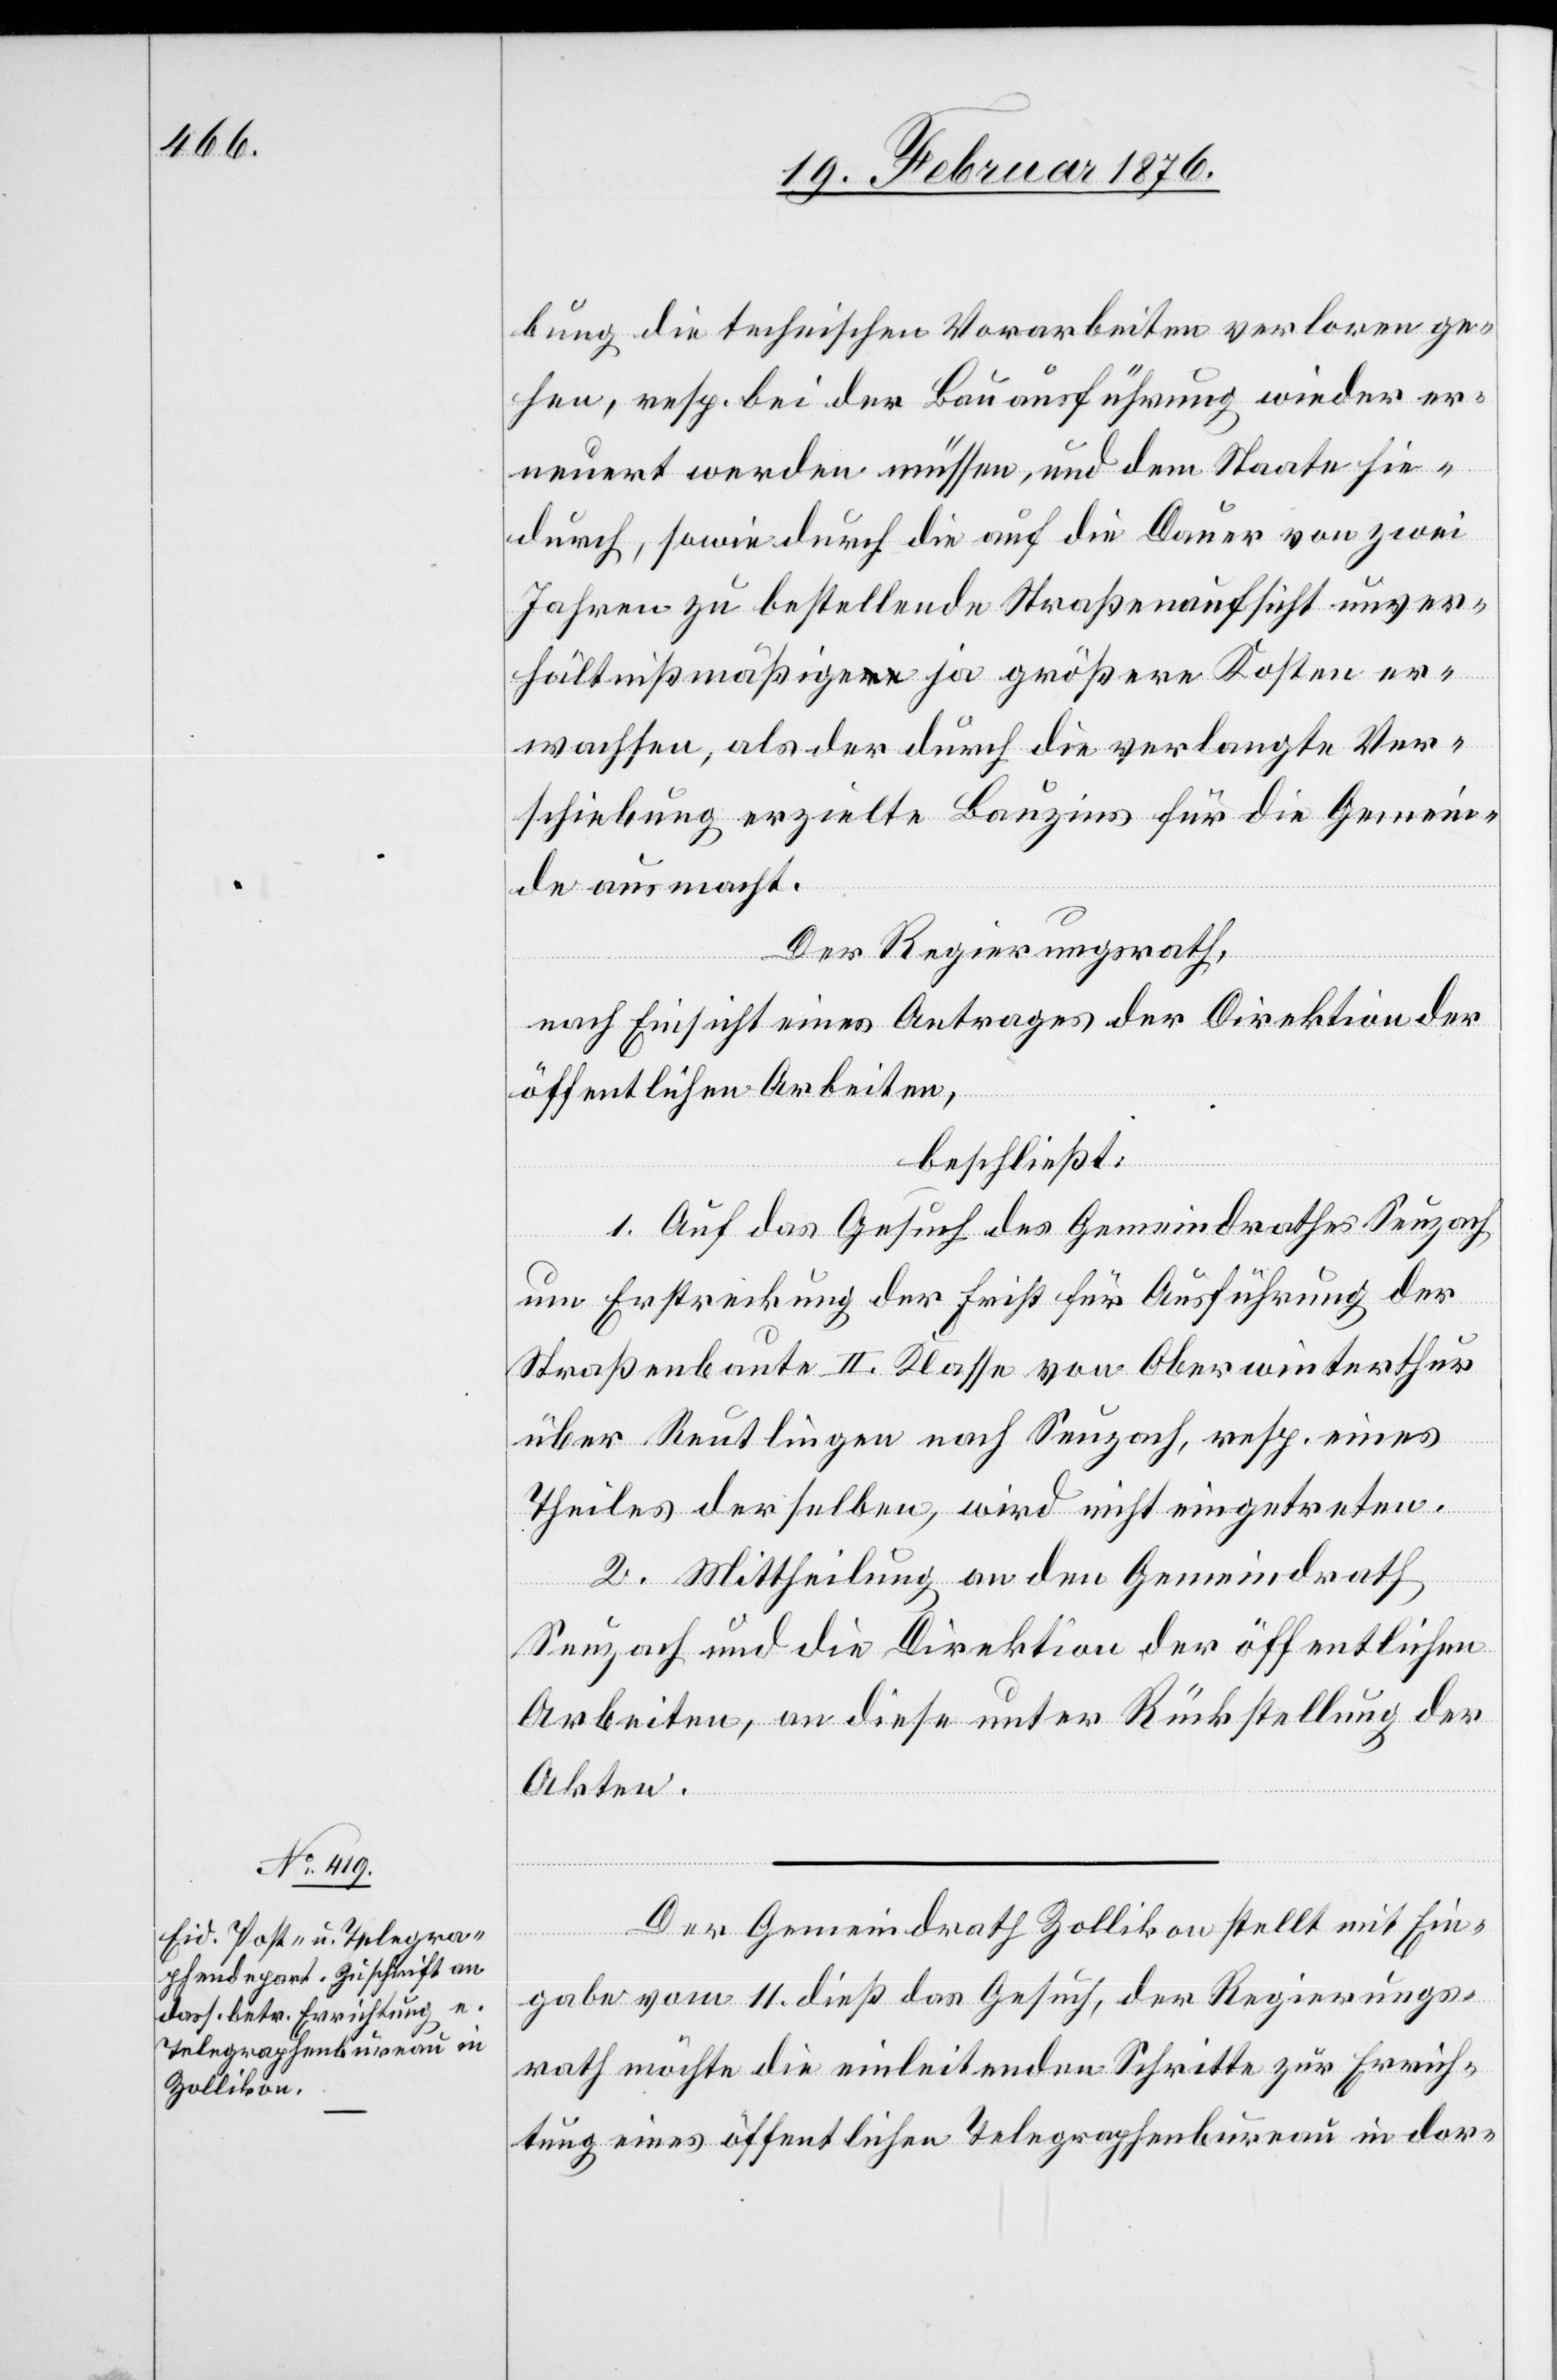
bung die technischen Vorarbeiten verloren ge¬
hen, resp. bei der Bauausführung wieder er¬
neuert werden müssen, und dem Staate hie¬
durch, sowie durch die auf die Dauer von zwei
Jahren zu bestellende Straßenaufsicht unver¬
hältnißmäßige ja größere Kosten er¬
wachsen, als der durch die verlangte Ver¬
schiebung erzielte Bauzins für die Gemein¬
de ausmacht.
Der Regierungsrath,
nach Einsicht eines Antrages der Direktion der
öffentlichen Arbeiten,
beschließt:
1. Auf das Gesuch des Gemeindrathes Seuzach
um Erstreckung der Frist für Ausführung der
Straßenbaute II. Klasse von Oberwinterthur
über Reutlingen nach Seuzach, resp. eines
Theiles derselben, wird nicht eingetreten.
2. Mittheilung an den Gemeindrath
Seuzach und die Direktion der öffentlichen
Arbeiten, an diese unter Rückstellung der
Akten.
Der Gemeindrath Zollikon stellt mit Ein¬
gabe vom 11. dieß das Gesuch, der Regierungs¬
rath möchte die einleitenden Schritte zur Errich¬
tung eines öffentlichen Telegraphenbureau in dor-